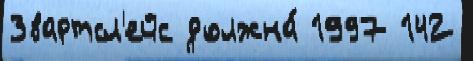
Звартсл'ейс должна́ 1997 142